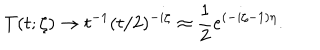
T ( t ; \zeta ) \to t ^ { - 1 } ( t / 2 ) ^ { - i \zeta } \approx \frac { 1 } { 2 } e ^ { ( - i \zeta - 1 ) \eta } .